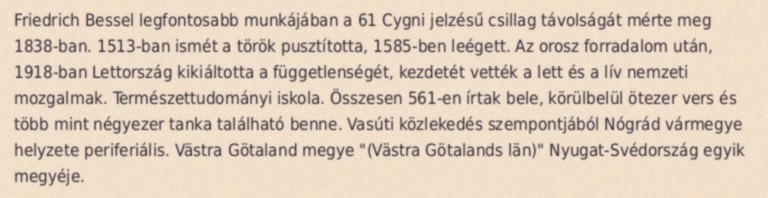
Friedrich Bessel legfontosabb munkájában a 61 Cygni jelzésű csillag távolságát mérte meg 1838-ban. 1513-ban ismét a török pusztította, 1585-ben leégett. Az orosz forradalom után, 1918-ban Lettország kikiáltotta a függetlenségét, kezdetét vették a lett és a lív nemzeti mozgalmak. Természettudományi iskola. Összesen 561-en írtak bele, körülbelül ötezer vers és több mint négyezer tanka található benne. Vasúti közlekedés szempontjából Nógrád vármegye helyzete periferiális. Västra Götaland megye "(Västra Götalands län)" Nyugat-Svédország egyik megyéje.